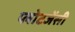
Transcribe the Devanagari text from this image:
प्लोटजेंसी